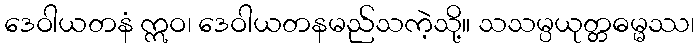
ဒေဝါယတနံ ဣဝ၊ ဒေဝါယတနမည်သကဲ့သို့။ သသမ္ပယုတ္တဓမ္မဿ၊